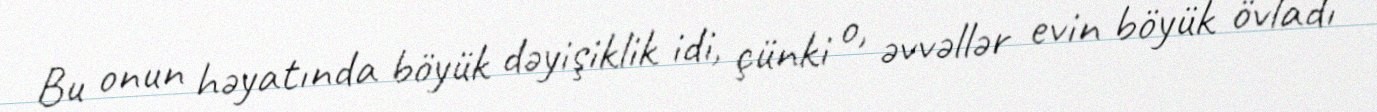
Bu onun həyatında böyük dəyişiklik idi, çünki o, əvvəllər evin böyük övladı